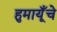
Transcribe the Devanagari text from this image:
हुमायूँचे